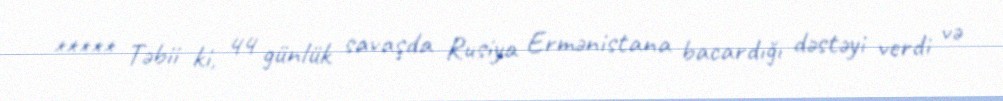
***** Təbii ki, 44 günlük savaşda Rusiya Ermənistana bacardığı dəstəyi verdi və